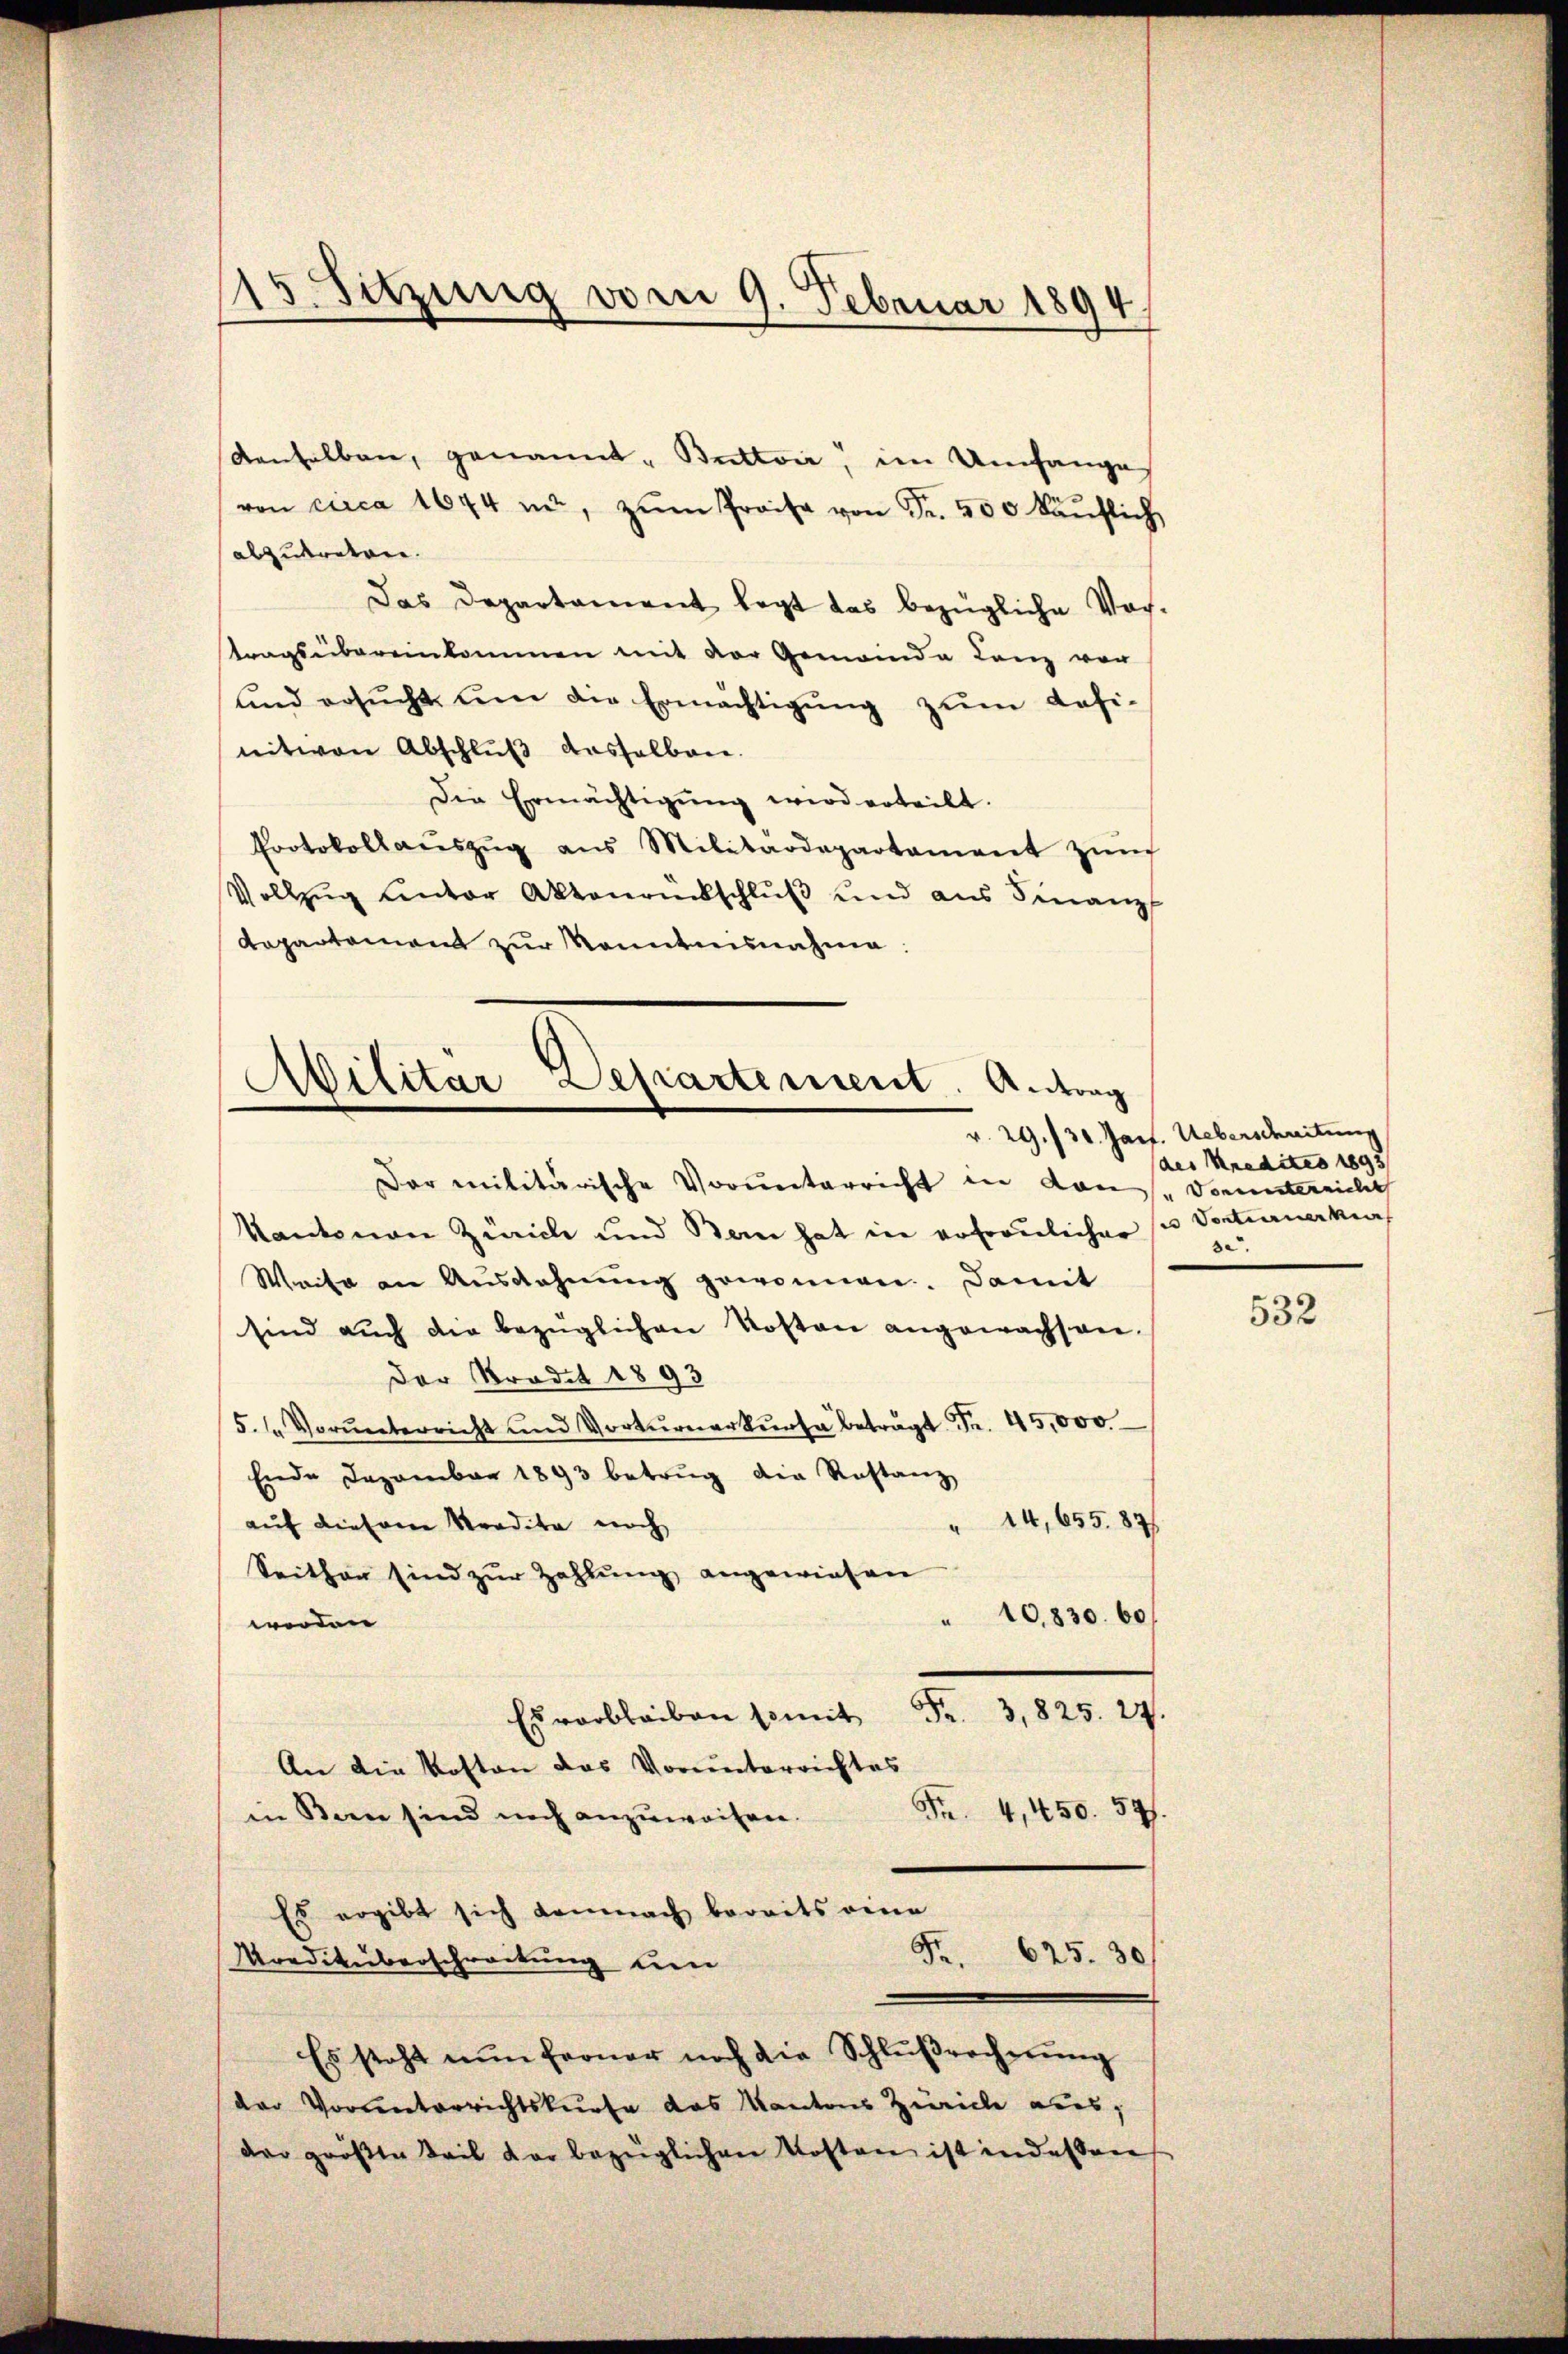
denselben, genannt. Butter, im Umfanges
von circa 1674 mit, zŭm Preise von Fr. 500 käŭflich
abzutreten.
Das Departament legt das bezügliche Vor-
tragsübereinkommen mit der Gemeinde Lanz von
und ersŭcht ŭm die Ermächtigŭng zŭm Kasi-
nit von Abschlŭβ deshalben.
Die Ermächtigŭng wird erteilt.
Protokollaŭszŭg ans Militärdepartament zŭm
Vollzŭg ŭnter Aktenrückschlŭβ und aus Finanz
Departement zur Kenntnisnahme:

15. Sitzung vom 9. Februar 1894

Abilitär-Departement. Antrag
v. 29./30. Jarf. Ueberschreitung

Dar militärische Vorunterricht in Kons. Vorunterricht
Kantonen Zürich und Bern hat in erfreulicher u Vorternerker
Weise an Ausdehnung gewonnen. Damit
sind aŭch die bezüglichen Kosten angewachsen-
Der Stradit 1893
5. / Vorŭnterricht und Vortŭrmerkŭrsa beträgt Fr. 45,000.
Ende Dezember 1893 betrug die Rostanz
" 14, 655. 871
auf diesem Kredita noch
Seither sind zur Zahlung angewiesen
10,830. 60
werden
bleiben somit 3,825. 27.
An die Kosten das Vorunterrichtes
Fr. 4, 450. 571.
in Bern sind noch anzuweisen.
Es ergibt sich demnach bereits eine
5.
625. 30
Norditüberschreitung un
Es steht nun ferner noch die Schlußrecherung
der Vorunterrichtskurse das Kantons Zürich aus,
der größte Teil der bezüglichen Kosten ist indessen

des Kredites 1895
se

532